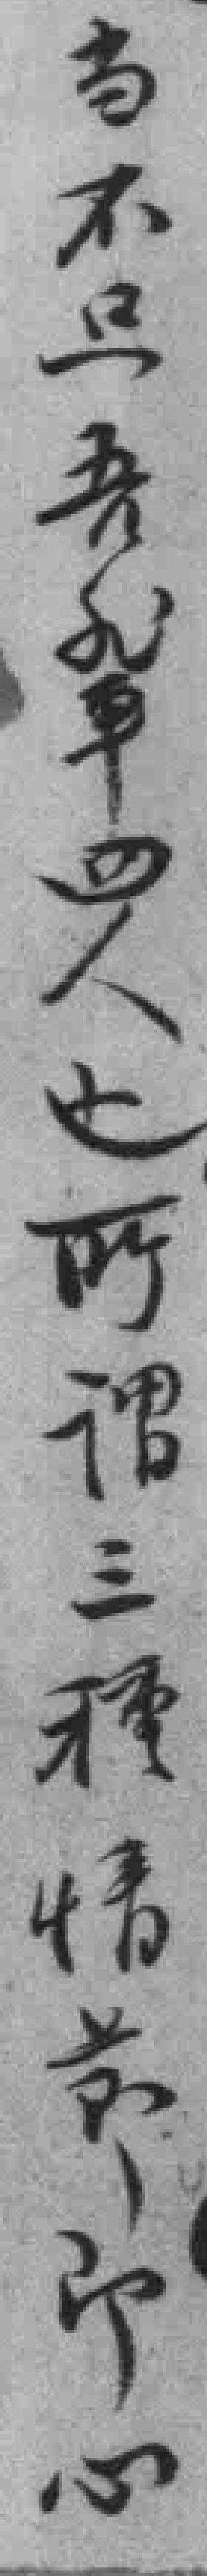
当不只吾輩四人也所謂三種情節即心